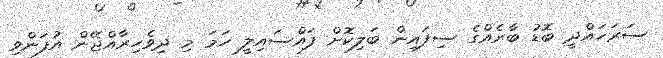
ސަރަހައްދީ ބޮޑު ބާރެއްގެ ސިފައިން ބަލިކޮށް ފައްސައިލީ ހަމަ މި ދިވެހިރާއްޖޭން އުފަންވި